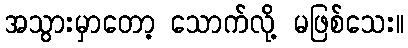
အသွားမှာတော့ သောက်လို့ မဖြစ်သေး။